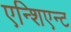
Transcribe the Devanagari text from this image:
एन्शिएन्ट